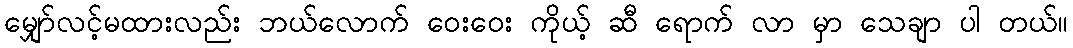
မျှော်လင့်မထားလည်း ဘယ်လောက် ဝေးဝေး ကိုယ့် ဆီ ရောက် လာ မှာ သေချာ ပါ တယ်။